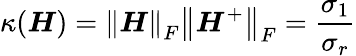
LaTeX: \kappa(\boldsymbol{H})=\left\| \boldsymbol{H}\right\| _{F}\left\| \boldsymbol{H}^{+}\right\| _{F}=\frac{\sigma_{1}}{\sigma_{r}}